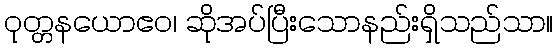
ဝုတ္တနယောဧဝ၊ ဆိုအပ်ပြီးသောနည်းရှိသည်သာ။